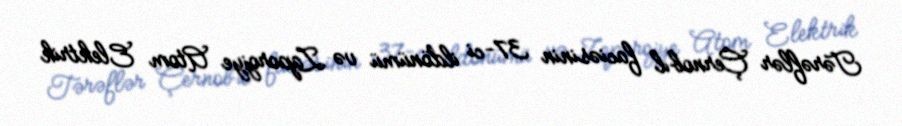
Tərəflər Çernobıl faciəsinin 37-ci ildönümü və Zaporojye Atom Elektrik